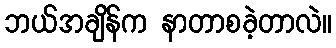
ဘယ်အချိန်က နာတာစခဲ့တာလဲ။